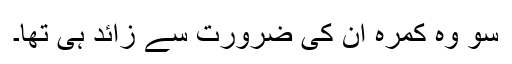
سو وہ کمرہ ان کی ضرورت سے زائد ہی تھا۔